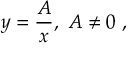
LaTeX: y = { \frac { A } { x } } , \ A \neq 0 \ ,